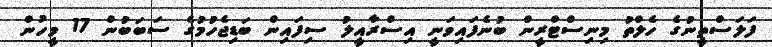
ފަލަސްތީނުގެ ހެލްތު މިނިސްޓްރީން ބުނެފައިވަނީ އިސްރާއީލު ސިފައިން ބަޑިޖެހުމުގެ ސަބަބުން 17 މީހުން